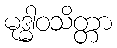
မုဒ္ဓါဝသိတ္တာ